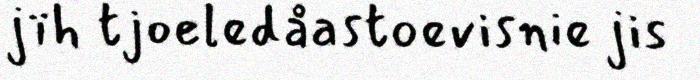
jïh tjoeledåastoevisnie jis